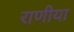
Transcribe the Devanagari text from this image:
राणीया